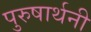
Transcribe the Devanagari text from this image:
पुरुषार्थनी